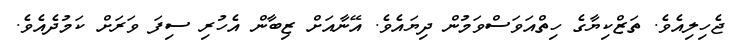
ޖެހިލިއެވެ. ތަޒްކިޔާގެ ހިތްއަވަސްވަމުން ދިޔައެވެ. އޭނާއަށް ޒިބާން އެހުރި ސިފަ ވަރަށް ކަމުދެއެވެ.